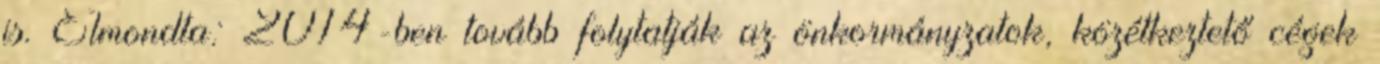
is. Elmondta: 2014-ben tovább folytatják az önkormányzatok, közétkeztető cégek